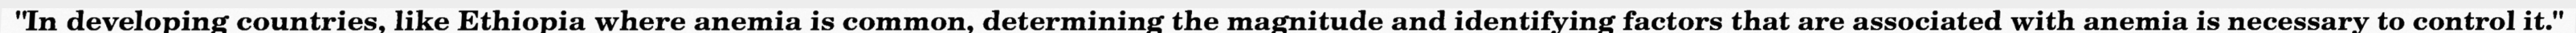
"In developing countries, like Ethiopia where anemia is common, determining the magnitude and identifying factors that are associated with anemia is necessary to control it."